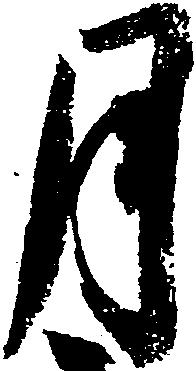
月